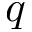
q